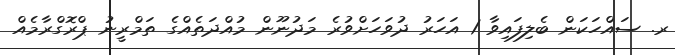
ރ. ސައްހަކަން ބެލިފައިވާ 1 އަހަރު ދުވަހަށްވުރެ މަދުނޫން މުއްދަތެއްގެ ތަމްރީނު ޕްރޮގްރާމެއް